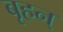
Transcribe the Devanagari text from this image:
बृहन्